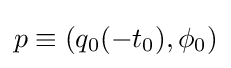
p\equiv (q_{0}(-t_{0}),\phi _{0})